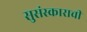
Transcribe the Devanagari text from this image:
सुसंस्काराची